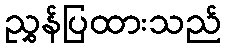
ညွှန်ပြထားသည်